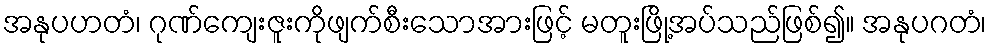
အနုပဟတံ၊ ဂုဏ်ကျေးဇူးကိုဖျက်စီးသောအားဖြင့် မတူးဖြို့အပ်သည်ဖြစ်၍။ အနုပဂတံ၊